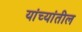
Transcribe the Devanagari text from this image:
यांच्यांतील